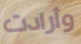
وأرادت